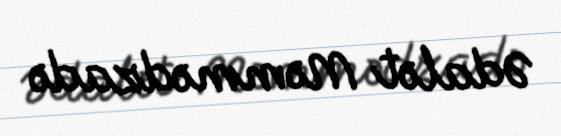
Ədalət Məmmədzadə